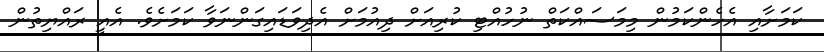
ކަމަށާއި އެހެންކަމުން މިމަސައްކަތް ނުހުއްޓި ކުރިއަށް ދިއުމަށް އެދިވަޑައިގަންނަވާ ކަމަށެވެ. އެއީ ރައްޔިތުން